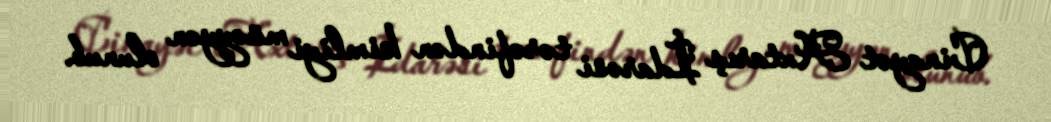
Cinayət Axtarış İdarəsi tərəfindən kimliyi müəyyən olunub.